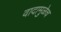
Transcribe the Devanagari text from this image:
वादामुळेच